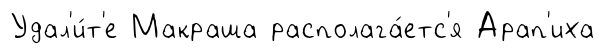
Удал'и́т'е Макраша располага́етс'я Арап'иха